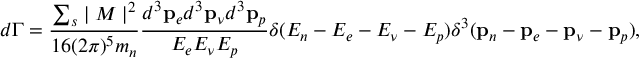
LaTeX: d \Gamma = \frac { \sum _ { s } \mid { \cal M } \mid ^ { 2 } } { 1 6 ( 2 \pi ) ^ { 5 } m _ { n } } \frac { d ^ { 3 } { \bf p } _ { e } d ^ { 3 } { \bf p } _ { \nu } d ^ { 3 } { \bf p } _ { p } } { E _ { e } E _ { \nu } E _ { p } } \delta ( E _ { n } - E _ { e } - E _ { \nu } - E _ { p } ) \delta ^ { 3 } ( { \bf p } _ { n } - { \bf p } _ { e } - { \bf p } _ { \nu } - { \bf p } _ { p } ) ,